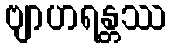
ဗျာဟရန္တဿ